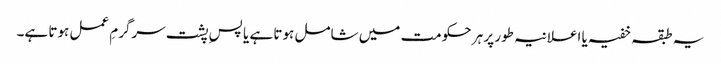
یہ طبقہ خفیہ یا اعلانیہ طور پر ہر حکومت میں شامل ہوتا ہے یا پسِ پشت سرگرمِ عمل ہوتا ہے۔